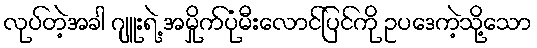
လုပ်တဲ့အခါ ဂျူးရဲ့ အမှိုက်ပုံမီးလောင်ပြင်ကို ဥပဒေကဲ့သို့သော